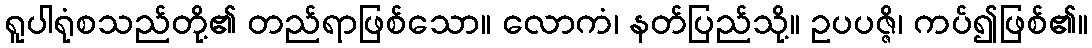
ရူပါရုံစသည်တို့၏ တည်ရာဖြစ်သော။ လောကံ၊ နတ်ပြည်သို့။ ဥပပဇ္ဇိ၊ ကပ်၍ဖြစ်၏။